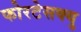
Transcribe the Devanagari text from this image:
फोरटेसक्यु